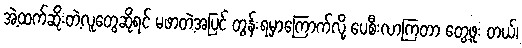
အဲ့ထက်ဆိုးတဲ့လူတွေဆိုရင် မဖာတဲ့အပြင် တွန်းရမှာကြောက်လို့ ပေစီးလာကြတာ တွေ့ဖူး တယ်၊